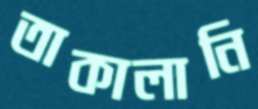
তাকালানি